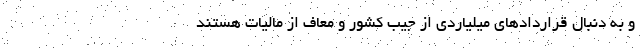
و به دنبال قراردادهای میلیاردی از جیب کشور و معاف از مالیات هستند